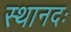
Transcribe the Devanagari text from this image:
स्थानदः